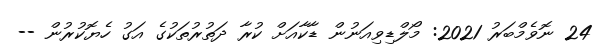
24 ނޮވެމްބަރު 2021: މޯލްޑިވިއަނުން ޑާކާއަށް ކުރާ ދަތުރުތަކުގެ އަގު ހެޔޮކުރުން --